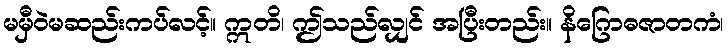
မမှီဝဲမဆည်းကပ်လင့်။ ဣတိ၊ ဤသည်လျှင် အပြီးတည်း။ နိဂြောဓဇာတကံ၊